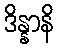
ဒိန္နာနိ